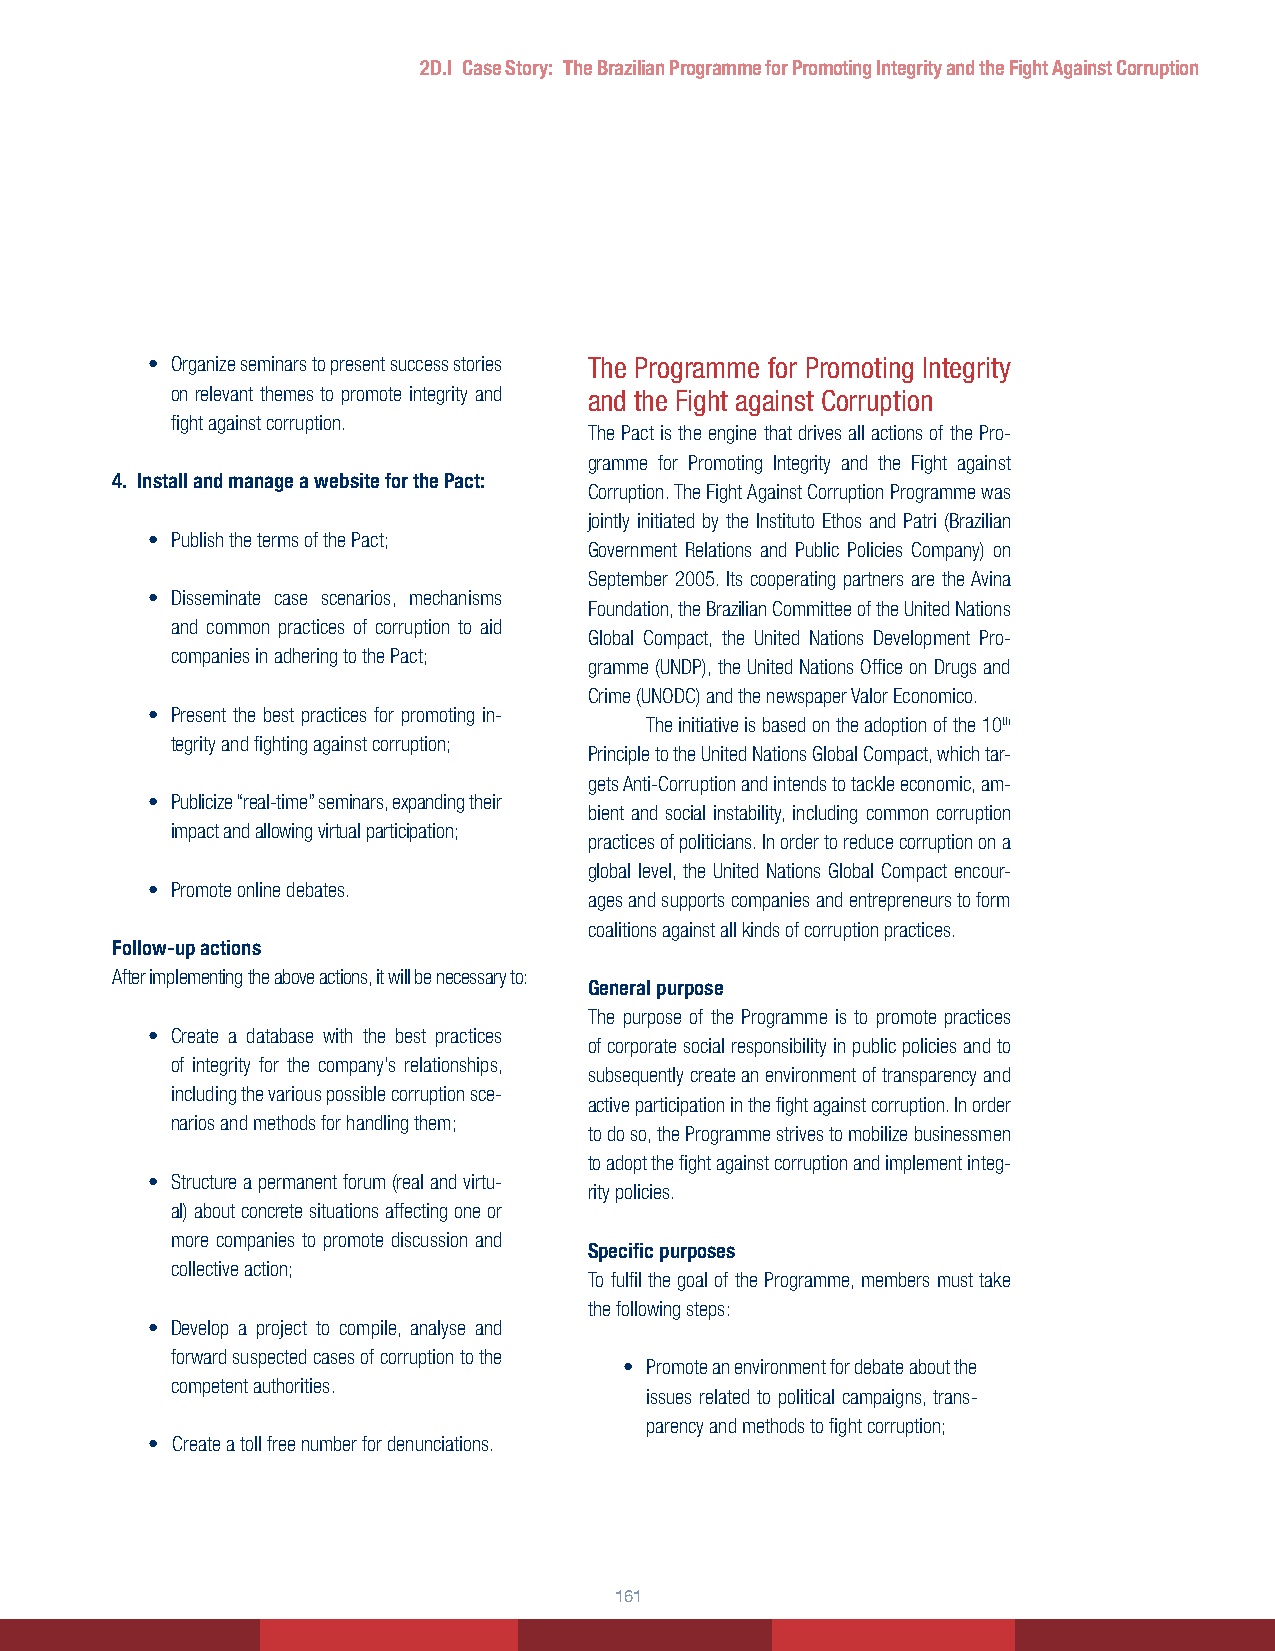
2D.I Case Story: The Brazilian Programme for Promoting Integrity and the Fight Against Corruption
 • Organize seminars to present success stories The Programme for Promoting Integrity
 on relevant themes to promote integrity and and the Fight against Corruption
 fight against corruption.
 The Pact is the engine that drives all actions of the Pro-
 gramme for Promoting Integrity and the Fight against
 4. Install and manage a website for the Pact:
 Corruption. The Fight Against Corruption Programme was
 jointly initiated by the Instituto Ethos and Patri (Brazilian
 • Publish the terms of the Pact;
 Government Relations and Public Policies Company) on
 September 2005. Its cooperating partners are the Avina
 • Disseminate case scenarios, mechanisms
 Foundation, the Brazilian Committee of the United Nations
 and common practices of corruption to aid
 Global Compact, the United Nations Development Pro-
 companies in adhering to the Pact;
 gramme (UNDP), the United Nations Office on Drugs and
 Crime (UNODC) and the newspaper Valor Economico.
 • Present the best practices for promoting in-
 The initiative is based on the adoption of the 10th
 tegrity and fighting against corruption;
 Principle to the United Nations Global Compact, which tar-
 gets Anti-Corruption and intends to tackle economic, am-
 • Publicize “real-time” seminars, expanding their
 bient and social instability, including common corruption
 impact and allowing virtual participation;
 practices of politicians. In order to reduce corruption on a
 global level, the United Nations Global Compact encour-
 • Promote online debates.
 ages and supports companies and entrepreneurs to form
 coalitions against all kinds of corruption practices.
 Follow-up actions
 After implementing the above actions, it will be necessary to:
 General purpose
 The purpose of the Programme is to promote practices
 • Create a database with the best practices
 of corporate social responsibility in public policies and to
 of integrity for the company’s relationships,
 subsequently create an environment of transparency and
 including the various possible corruption sce-
 active participation in the fight against corruption. In order
 narios and methods for handling them;
 to do so, the Programme strives to mobilize businessmen
 to adopt the fight against corruption and implement integ-
 • Structure a permanent forum (real and virtu-
 rity policies.
 al) about concrete situations affecting one or
 more companies to promote discussion and
 Specific purposes
 collective action;
 To fulfil the goal of the Programme, members must take
 the following steps:
 • Develop a project to compile, analyse and
 forward suspected cases of corruption to the
 • Promote an environment for debate about the
 competent authorities.
 issues related to political campaigns, trans-
 parency and methods to fight corruption;
 • Create a toll free number for denunciations.
 116611